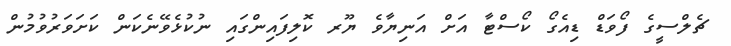
ޗެލްސީގެ ފޯވަޑް ޑިއެގޯ ކޯސްޓާ އަށް އަނިޔާވެ ޔޫރ ކޮލިފައިންގައި ނުކުޅެވޭނެކަން ކަށަވަރުވުމުން